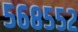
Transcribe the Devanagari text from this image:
५६८५५२